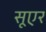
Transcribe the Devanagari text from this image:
सूएर